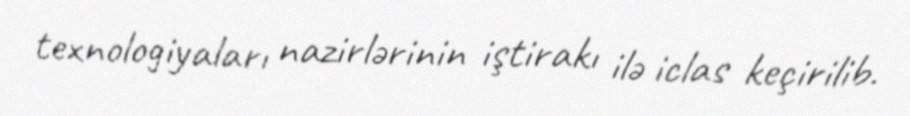
texnologiyaları nazirlərinin iştirakı ilə iclas keçirilib.